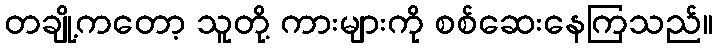
တချို့ကတော့ သူတို့ ကားများကို စစ်ဆေးနေကြသည်။